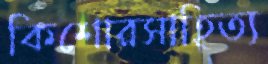
কিশোরসাহিত্য